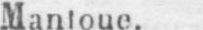
Mantoue.